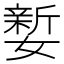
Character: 㜪